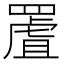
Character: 𦋾